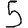
Digit: 5